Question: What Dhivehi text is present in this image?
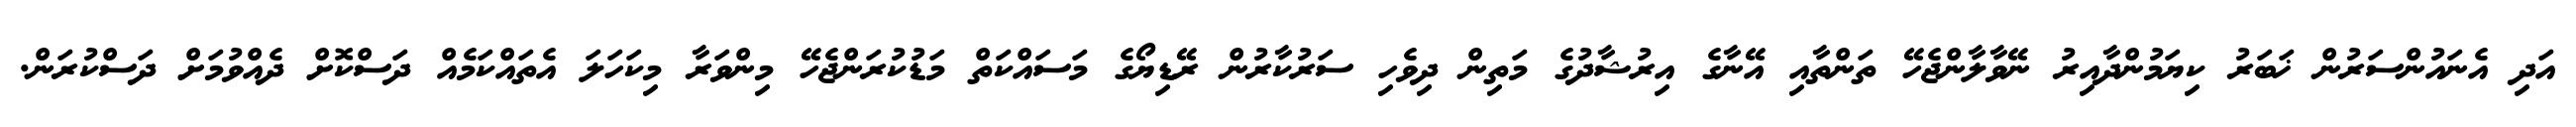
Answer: އަދި އެނައުންސަރުން ޚަބަރު ކިޔަމުންދާއިރު ނޭވާލާންޖެހޭ ތަންތާއި އޭނާގެ އިރުޝާދުގެ މަތިން ދިވެހި ސަރުކާރުން ރޭޑިޔޯގެ މަސައްކަތް މަޑުކުރަންޖެހޭ މިންވަރާ މިކަހަލަ އެތައްކަމެއް ދަސްކޮށް ދެއްވުމަށް ދަސްކުރަން.